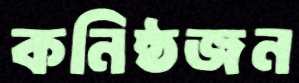
কনিষ্ঠজন